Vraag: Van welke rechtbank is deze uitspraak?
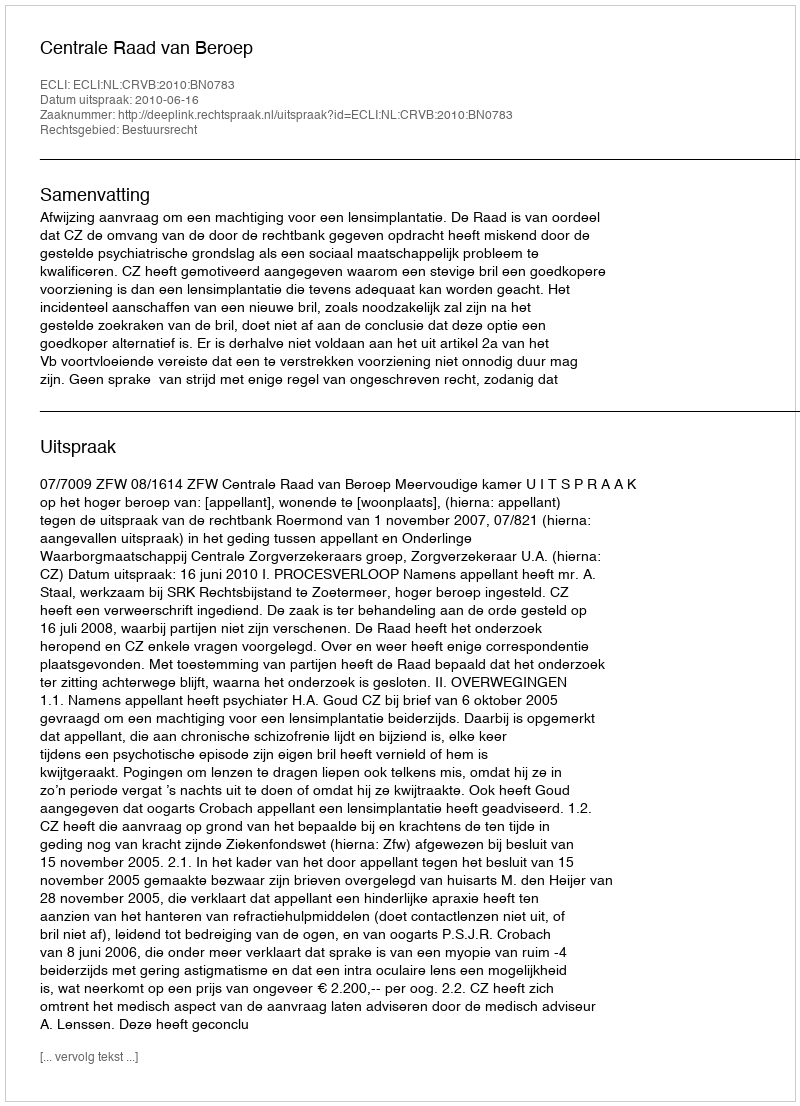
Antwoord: Centrale Raad van Beroep